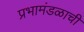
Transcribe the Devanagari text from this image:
प्रभामंडळाची